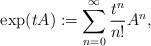
LaTeX: \begin{align*}\exp(tA) := \sum_{n=0}^{\infty} \dfrac{t^n}{n!} A^n,\end{align*}